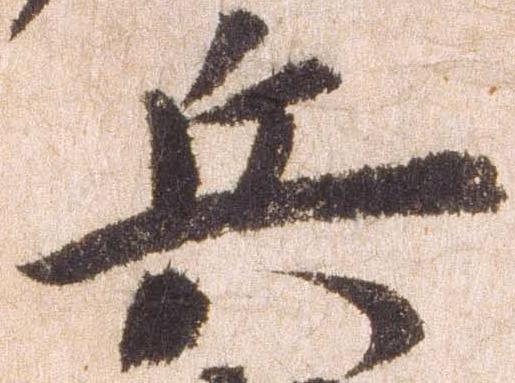
兵